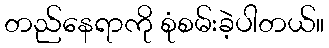
တည်နေရာကို စုံစမ်းခဲ့ပါတယ်။